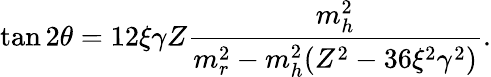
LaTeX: \tan 2\theta=12\xi\gamma Z\frac{m_{h}^{2}}{m_{r}^{2}-m_{h}^{2}(Z^{2}-36\xi^{2}\gamma^{2})}.